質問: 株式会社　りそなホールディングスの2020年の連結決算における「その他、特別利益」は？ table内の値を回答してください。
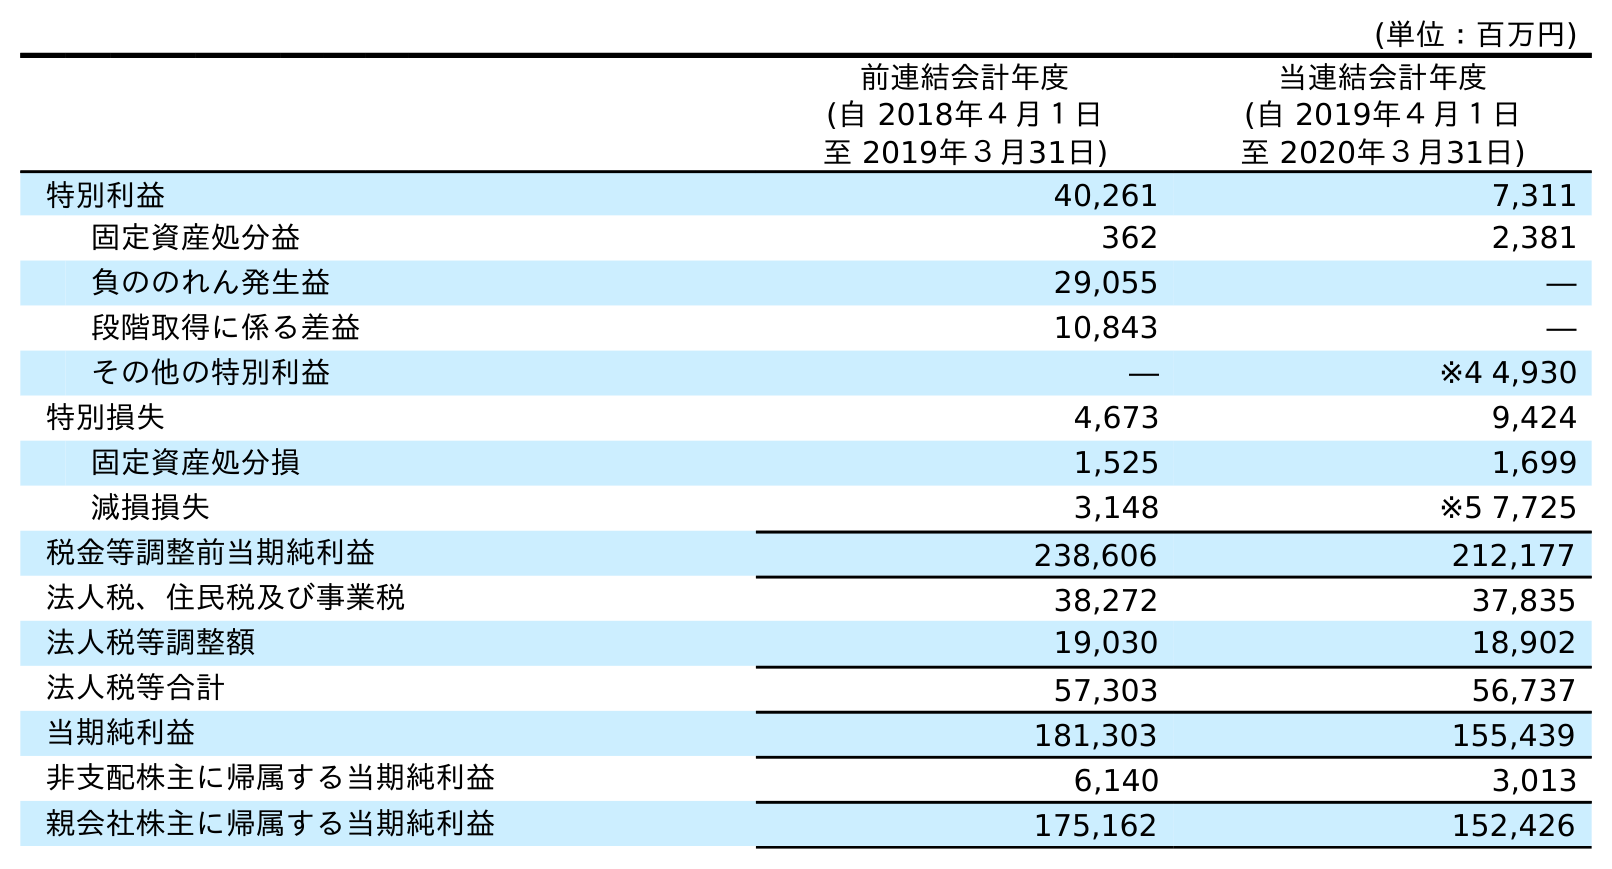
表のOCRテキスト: (単位：百万円) 前連結会計年度 (自 2018年４月１日 至 2019年３月31日) 当連結会計年度 (自 2019年４月１日 至 2020年３月31日) 特別利益 40,261 7,311 固定資産処分益 362 2,381 負ののれん発生益 29,055 ― 段階取得に係る差益 10,843 ― その他の特別利益 ― ※4 4,930 特別損失 4,673 9,424 固定資産処分損 1,525 1,699 減損損失 3,148 ※5 7,725 税金等調整前当期純利益 238,606 212,177 法人税、住民税及び事業税 38,272 37,835 法人税等調整額 19,030 18,902 法人税等合計 57,303 56,737 当期純利益 181,303 155,439 非支配株主に帰属する当期純利益 6,140 3,013 親会社株主に帰属する当期純利益 175,162 152,426
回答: ※44,930